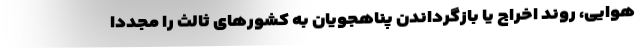
هوایی، روند اخراج یا بازگرداندن پناهجویان به کشورهای ثالث را مجددا